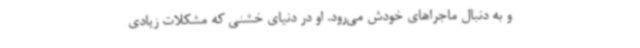
و به دنبال ماجراهای خودش می‌رود. او در دنیای خشنی که مشکلات زیادی